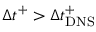
\Delta t ^ { + } > \Delta t _ { \mathrm { D N S } } ^ { + }